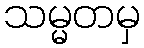
သမ္မတမှ